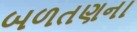
બળતણના